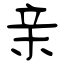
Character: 亲